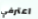
اعترفي